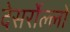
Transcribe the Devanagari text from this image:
देसर्रोल्लो